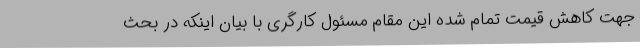
جهت کاهش قیمت تمام شده این مقام مسئول کارگری با بیان اینکه در بحث